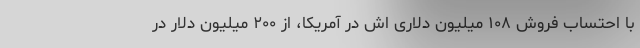
با احتساب فروش ۱۰۸ میلیون دلاری اش در آمریکا، از ۲۰۰ میلیون دلار در